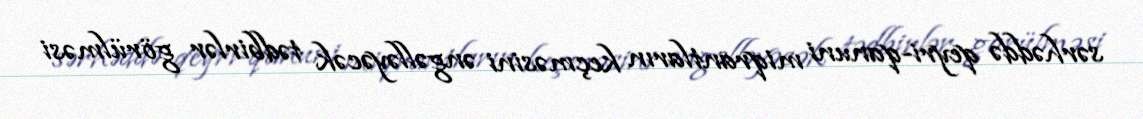
sərhəddə qeyri-qanuni miqrantların keçməsini əngəlləyəcək tədbirlər görülməsi